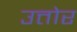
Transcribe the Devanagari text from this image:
उत्तोर